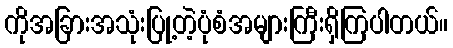
ကိုအခြားအသုံးပြု့တဲ့ပုံစံအများကြီးရှိကြပါတယ်။